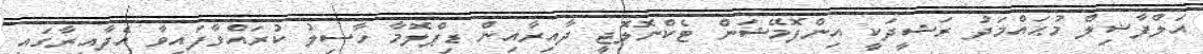
އަލްފާޟިލް މުޙައްމަދު ރަޝީދަކީ އިންފޮމޭޝަން ޓެކްނޮލޮޖީ ދާއިރާއިން ޑިޕްލޮމާ ހާސިލު ކުރައްވާފައިވާ އެދާއިރާގައި